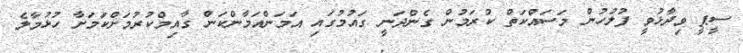
ސީޕީ ވިދާޅުވީ ފުލުހުން މަސައްކަތް ކުރަމުން ގެންދަނީ ގައުމުގައި އަމަންއަމާންކަން ގާއިމްކުރުމަށްކަމަށާ ހުޅުމާލެ